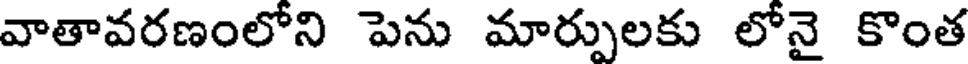
వాతావరణంలోని పెను మార్పులకు లోనై కొంత